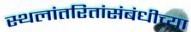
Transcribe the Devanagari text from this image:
स्थलांतरितांसंबंधीच्या